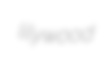
lilywood